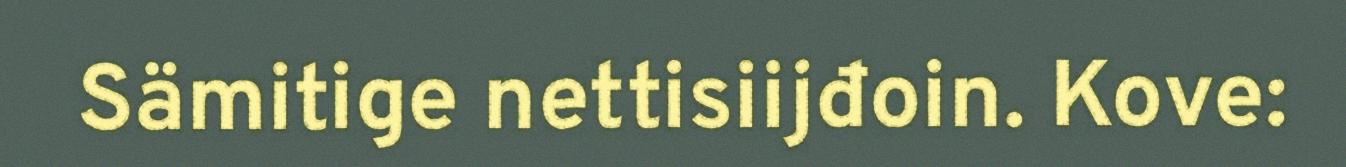
Sämitige nettisiijđoin. Kove: